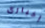
إخبارى